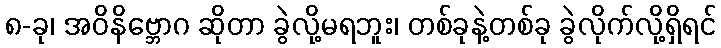
၈-ခု၊ အဝိနိဗ္ဘောဂ ဆိုတာ ခွဲလို့မရဘူး၊ တစ်ခုနဲ့တစ်ခု ခွဲလိုက်လို့ရှိရင်